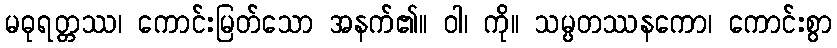
မဓုရတ္တဿ၊ ကောင်းမြတ်သော အနက်၏။ ဝါ၊ ကို။ သမ္ပတဿနကော၊ ကောင်းစွာ